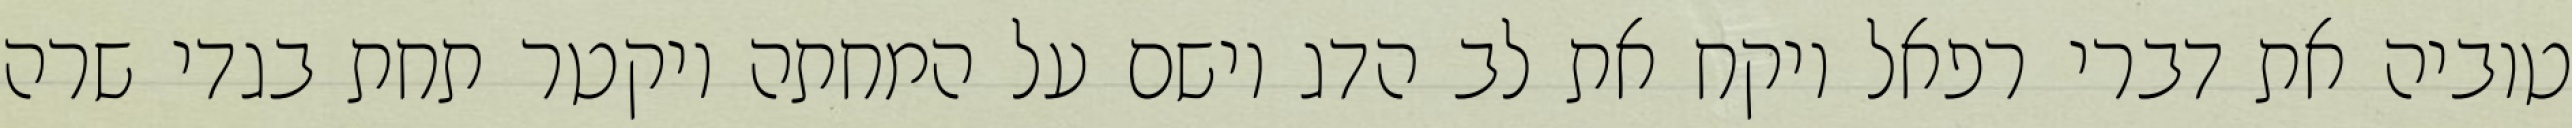
טוביה את דברי רפאל ויקח את לב הדג וישם על המחתה ויקטר תחת בגדי שרה